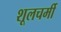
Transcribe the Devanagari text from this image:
शूलचर्मी